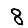
Digit: 8